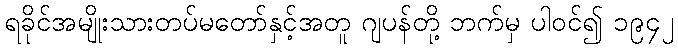
ရခိုင်အမျိုးသားတပ်မတော်နှင့်အတူ ဂျပန်တို့ ဘက်မှ ပါဝင်၍ ၁၉၄၂